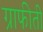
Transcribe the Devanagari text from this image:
ग्राफीती